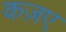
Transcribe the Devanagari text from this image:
कज़ए